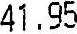
41.95